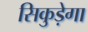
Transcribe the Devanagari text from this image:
सिकुड़ेगा